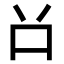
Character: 𠮦